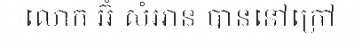
លោក អ៊ំ សំអាន បាននៅក្រៅ